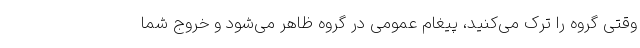
وقتی گروه را ترک می‌کنید، پیغام عمومی در گروه ظاهر می‌شود و خروج شما